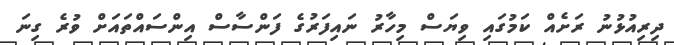
ދިރިއުޅުނު ރަށެއް ކަމުގައި ވިޔަސް މިހާރު ނައިފަރުގެ ފަންސާސް އިންސައްތައަށް ވުރެ ގިނަ